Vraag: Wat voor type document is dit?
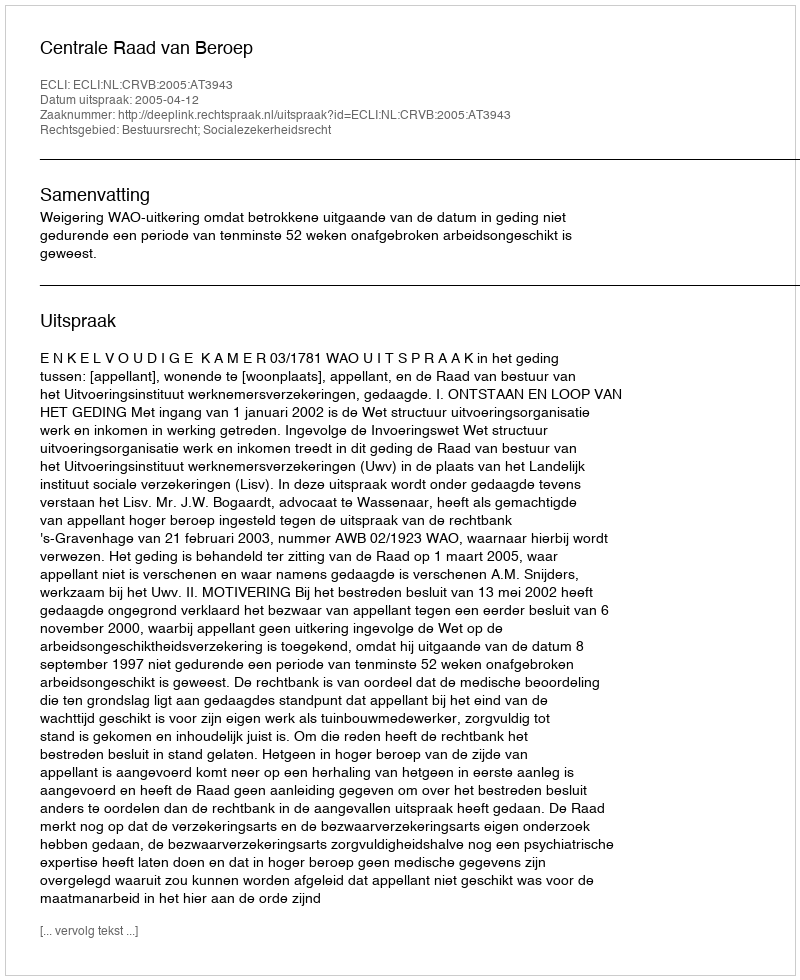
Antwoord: Uitspraak